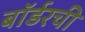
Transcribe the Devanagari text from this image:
बॉर्डरची